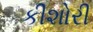
કીશોરી